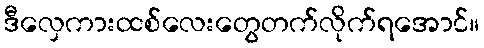
ဒီလှေကားထစ်လေးတွေတက်လိုက်ရအောင်။